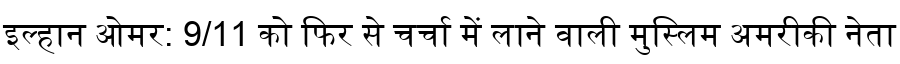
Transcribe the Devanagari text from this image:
इल्हान ओमर: 9/11 को फिर से चर्चा में लाने वाली मुस्लिम अमरीकी नेता